Janeda_(Ambla)_vallavalitsus, lk 18
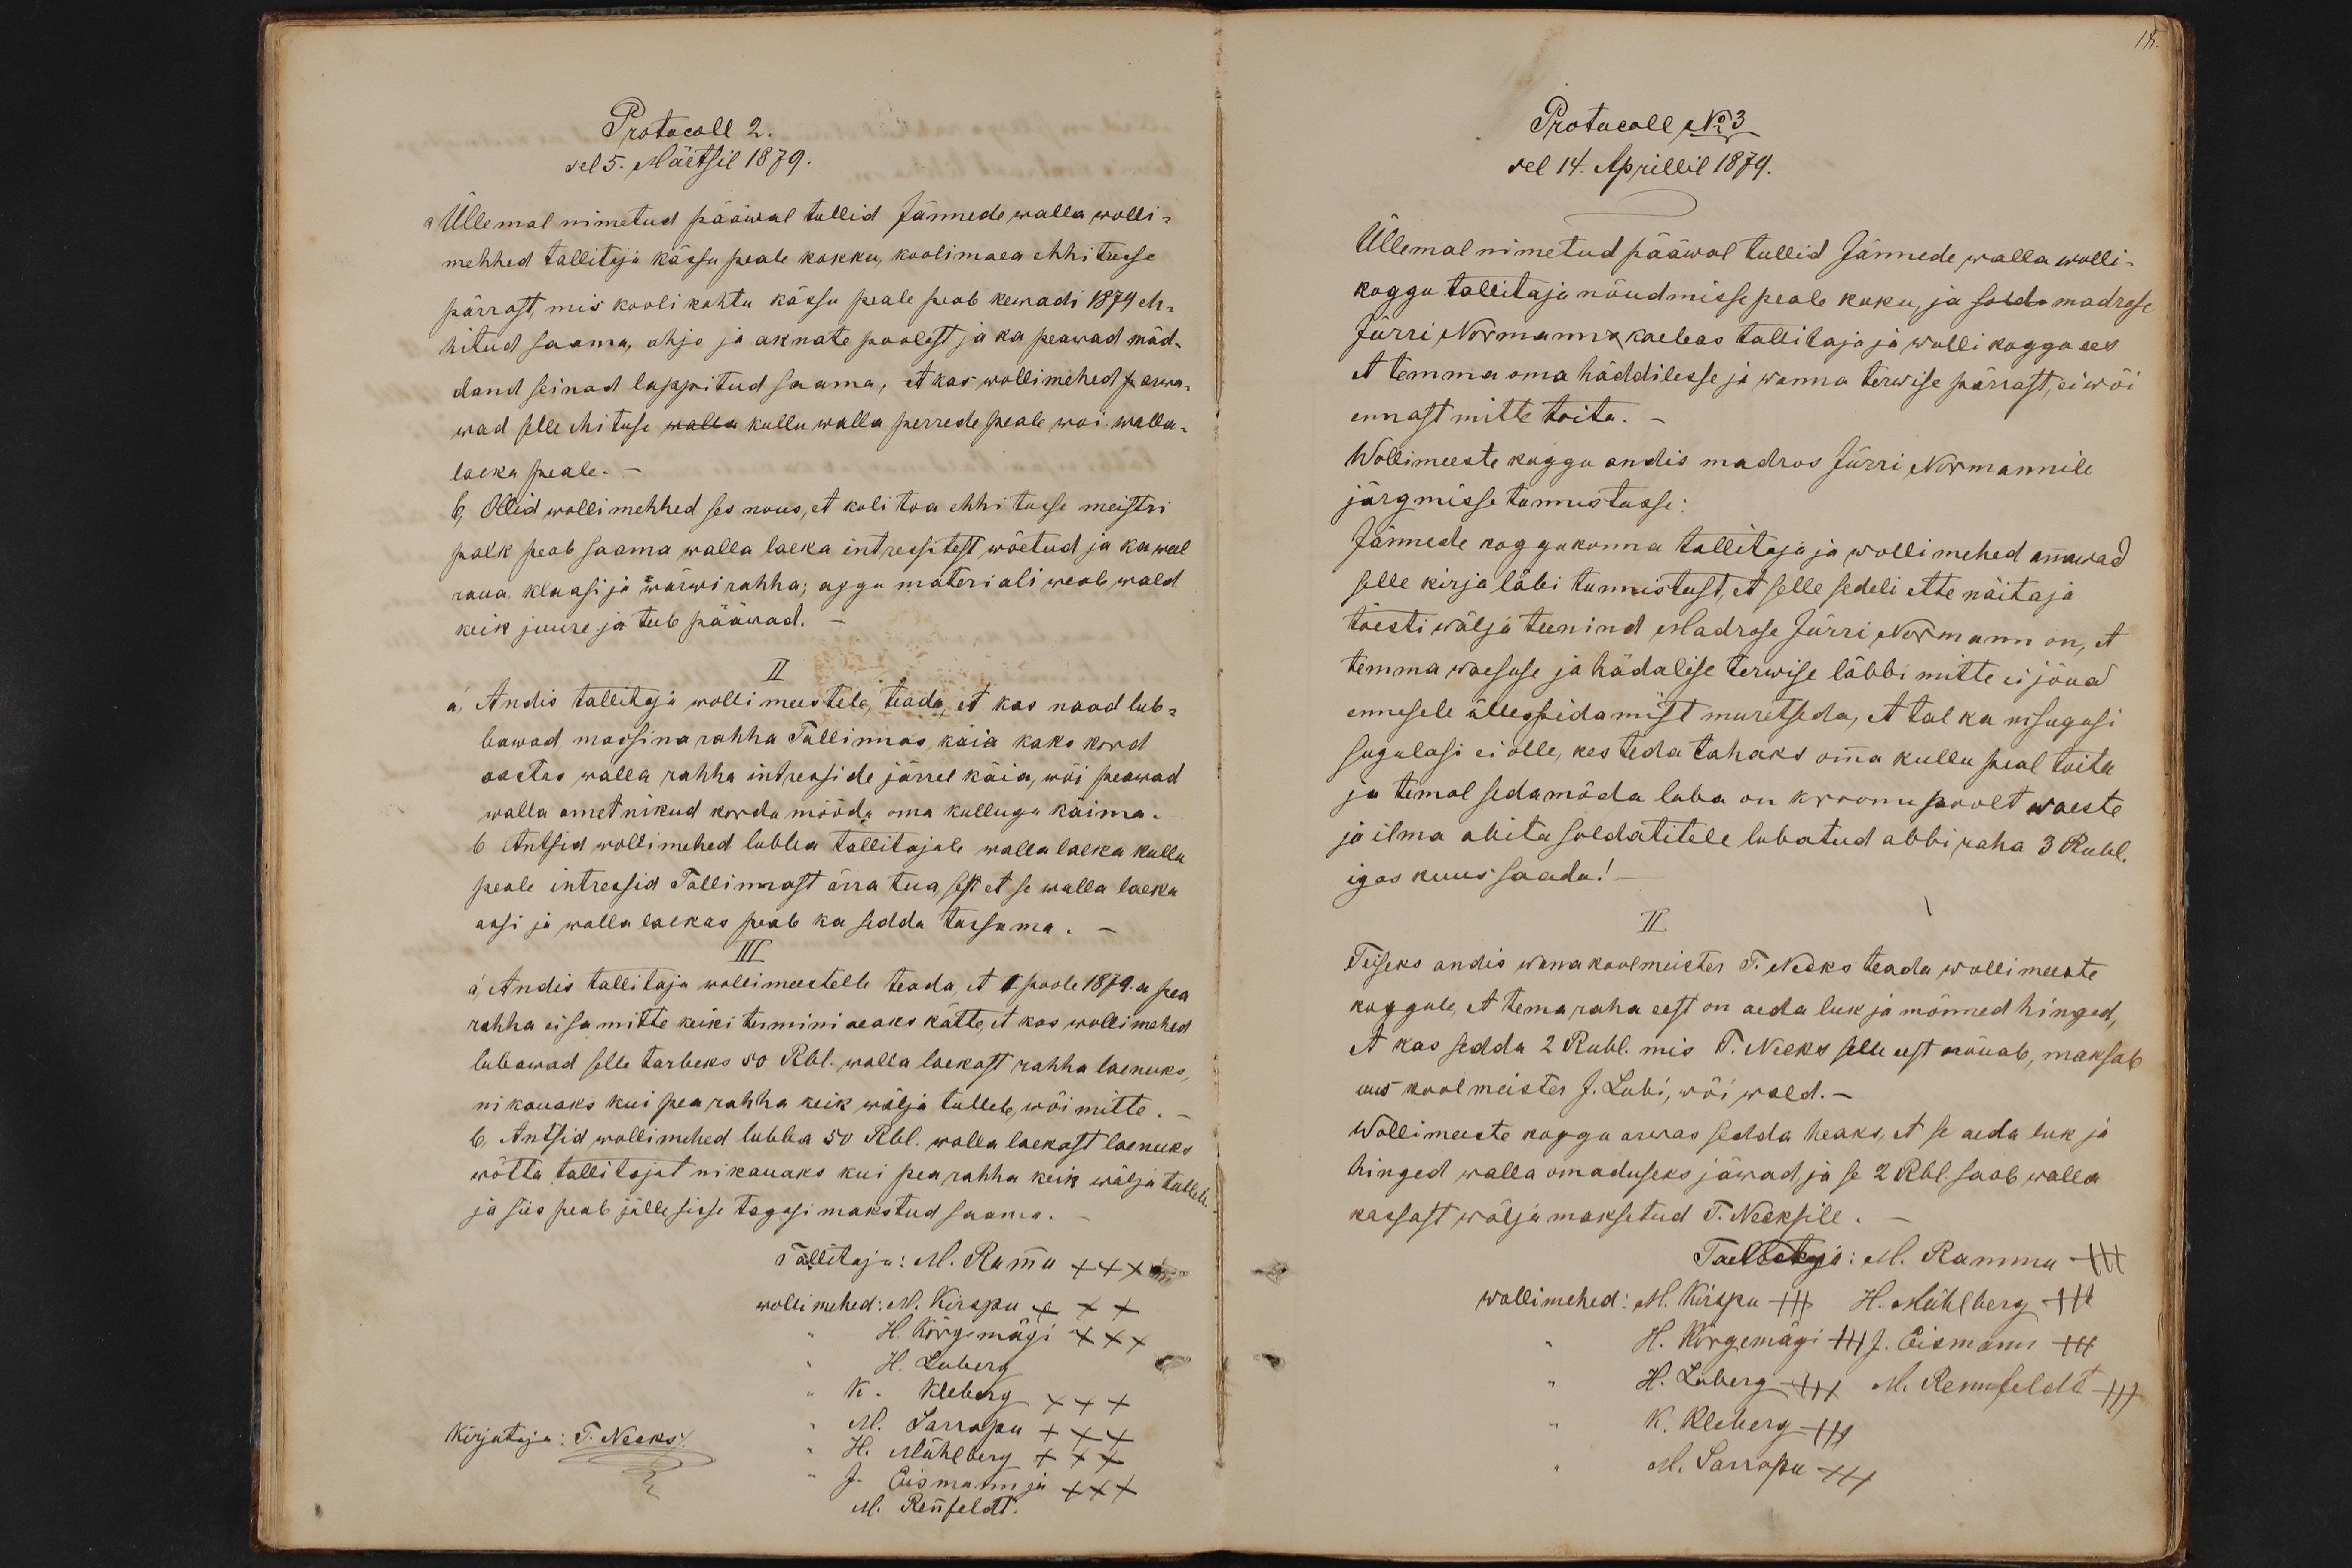
Protocoll 2.
sel 5. Märtsil 1879.
a Üllemal nimetud pääwal tullid Jännede walla wolli-
mehhed tallitaja kässu peale kokku, koolimaea ehhitusse
pärrast, mis kooli kohtu kässu peale peab kewadi 1874 eh-
hitud saama, ahjo ja aknate poolest ja ka peawad mäd-
dand seinad lappitud saama, et kas wollimehed p arwa-
wad selle ehituse walla kullu walla perrede peale woi walla-
laeka peale. -
b, Olid wollimehhed ses nõus, et kolitoa ehhitusse meistri
palk peab saama walla laeka intressitest wõetud ja ka weel
raua klaasi ja wärwi rahha; agga materiali weab wald
keik juure ja teeb pääwad.
II
a, Andis tallitaja wollimeestele, teada, et kas naad lub-
bawad, massina rahha Tallinnas käia kaks kord
aastas walla rahha intresside järrel käia, wõi peawad
walla ametnikud korda mööda oma kullugu käima.
b Antsid wollimehed lubba tallitajale walla laeka kullu
peale intressid Tallinnast ärra tua, sest et se walla laeka
assi ja walla laekas peab ka sedda tassuma.
III
a, Andis tallitaja wollimeestelle teada, et I poole 1879. a pea
rahha ei sa mitte keiki termini aeaks kätte, et kas wollimehed
lubawad selle tarbeks 50 Rbl. walla laekast rahha laenuks
ni kauaks kui pearahha keik wälja tulleb, wõi mitte.
b, Antsid wollimehed lubba 50 Rbl. walla laekast laenuks
wõtta tallitajat ni kauaks kui pea rahha keik wälja tulleb.
ja siis peab jälle sisse tagasi makstud saama
Tallitaja: M. Rammu XXX
wollimehed: M. Kirspu XXX
H. Kõrgemägi XXX
H. Luberg
K. Kleberg XXX
Kirjutaja: T. Necks/.
M. Sarrapu XXX
H. Mühlberg XXX
J. Eismann ja XXX
M. Rennfeldt.

Protocoll No 3
sel 14. Aprillil 1879.
Üllemal nimetud pääwal tullid Jännede walla wolli-
koggu tallitaja nõudmisse peale koku, ja solda madruse
Jürri Normanns kaebas tallitaja ja wolli koggo ees
et temma oma häddilesse ja wanna terwise pärrast, ei wõi
ennast mitte toita.
Wollimeeste koggu andis madrus Jürri Normannile
järgmisse tunnistusse:
Jännede koggukonna tallitaja ja wollimehed annawad
selle kirja läbi tunnistust, et selle sedeli ette näitaja
tõesti wälja teeninud Madrose Jürri Normann on, et
temma waesuse ja hädalise terwise läbbi mitte ei jõua
ennesele üllespidamist muretseda, et tal ka nisugusi
sugulasi ei olle, kes teda tahaks omma kullu peal toita
ja temal sedamöda luba on kroonu poolt waeste
ja ilma abita soldatitele lubatud abb iraha 3 Rubl.
igas kuus saada!
II.
Teiseks andis wana koolmeister T. Necks teada wollimeeste
koggule, et tema raha eest on aeda luk ja mõnned hinged,
et kas sedda 2 Rubl. mis T. Necks selle eest nõuab, maksab
uus koolmeister J. Lubi, wõi wald.-
Wollimeeste koggu arwas sedda heaks, et se aeda luk ja
hinged walla omaduseks jäwad, ja se 2 Rbl. saab walla
kassast wälja maksetud T. Necksile
Tallitaja: M. Rammu +++
wollimehed: M. Kirspu +++ H. Mühlberg +++
H. Kõrgemägi +++ J. Eismann +++
H. Luberg +++ M. Rennfeldt +++
K. Kleberg +++
M. Sarrapu XXX